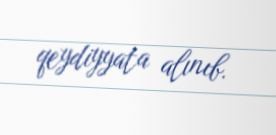
qeydiyyata alınıb.